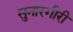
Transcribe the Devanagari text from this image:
सुनारगीरी